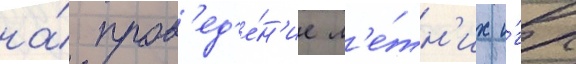
на́ пров'ед'е́н'ие л'е́тн'их и́гр